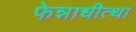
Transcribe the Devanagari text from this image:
फेन्नाधीत्था